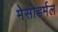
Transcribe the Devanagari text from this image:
मेसोडर्मल